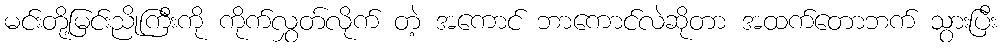
မင်းတို့မြင်းညိုကြီးကို ကိုက်လွှတ်လိုက် တဲ့ အကောင် ဘာကောင်လဲဆိုတာ အထက်တောဘက် သွားပြီး